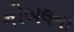
નોબલના